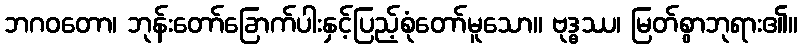
ဘဂဝတော၊ ဘုန်းတော်ခြောက်ပါးနှင့်ပြည့်စုံတော်မူသော။ ဗုဒ္ဓဿ၊ မြတ်စွာဘုရား၏။